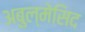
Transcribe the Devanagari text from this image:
अबुल्मेसिद